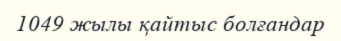
1049 жылы қайтыс болғандар